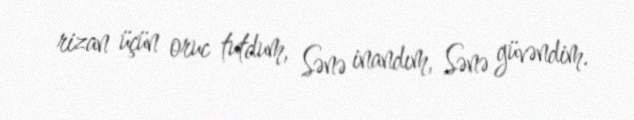
rizan üçün oruc tutdum, Sənə inandım, Sənə güvəndim.